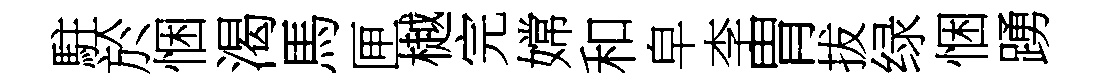
駐於悃渴馬匣樾完嫦和皁李胃拔绿悃踴